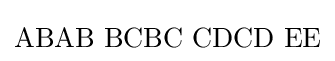
\mathrm {ABAB\,\,BCBC\,\,CDCD\,\,EE}